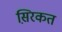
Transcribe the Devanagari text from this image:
स़िरकत